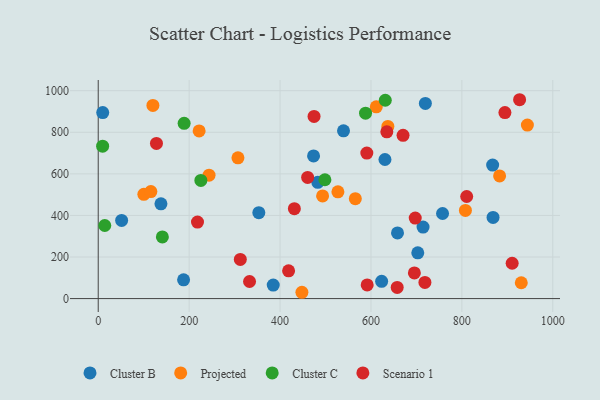
{"axis": {"x": "Price", "y": "Yield"}, "legend": ["Cluster B", "Cluster C", "Projected", "Scenario 1"], "data": [{"x": "757.5", "y": 409.3, "type": "Cluster B"}, {"x": "138.0", "y": 455.8, "type": "Cluster B"}, {"x": "703.0", "y": 220.3, "type": "Cluster B"}, {"x": "623.5", "y": 83.1, "type": "Cluster B"}, {"x": "714.6", "y": 344.1, "type": "Cluster B"}, {"x": "719.7", "y": 938.9, "type": "Cluster B"}, {"x": "630.8", "y": 669.1, "type": "Cluster B"}, {"x": "51.5", "y": 375.9, "type": "Cluster B"}, {"x": "9.9", "y": 895.0, "type": "Cluster B"}, {"x": "483.0", "y": 559.3, "type": "Cluster B"}, {"x": "539.6", "y": 806.8, "type": "Cluster B"}, {"x": "868.6", "y": 390.5, "type": "Cluster B"}, {"x": "385.0", "y": 65.1, "type": "Cluster B"}, {"x": "473.7", "y": 686.1, "type": "Cluster B"}, {"x": "353.3", "y": 413.1, "type": "Cluster B"}, {"x": "658.4", "y": 316.1, "type": "Cluster B"}, {"x": "187.8", "y": 90.5, "type": "Cluster B"}, {"x": "867.7", "y": 642.1, "type": "Cluster B"}, {"x": "944.1", "y": 834.9, "type": "Projected"}, {"x": "637.2", "y": 828.4, "type": "Projected"}, {"x": "565.6", "y": 480.8, "type": "Projected"}, {"x": "100.4", "y": 501.5, "type": "Projected"}, {"x": "222.0", "y": 806.5, "type": "Projected"}, {"x": "807.8", "y": 424.2, "type": "Projected"}, {"x": "527.3", "y": 513.7, "type": "Projected"}, {"x": "930.7", "y": 76.1, "type": "Projected"}, {"x": "307.4", "y": 676.9, "type": "Projected"}, {"x": "611.7", "y": 922.3, "type": "Projected"}, {"x": "115.8", "y": 514.8, "type": "Projected"}, {"x": "243.8", "y": 593.8, "type": "Projected"}, {"x": "883.0", "y": 590.3, "type": "Projected"}, {"x": "120.3", "y": 929.4, "type": "Projected"}, {"x": "448.1", "y": 30.4, "type": "Projected"}, {"x": "493.6", "y": 494.1, "type": "Projected"}, {"x": "631.5", "y": 954.0, "type": "Cluster C"}, {"x": "588.1", "y": 892.0, "type": "Cluster C"}, {"x": "225.8", "y": 568.3, "type": "Cluster C"}, {"x": "9.7", "y": 733.3, "type": "Cluster C"}, {"x": "189.0", "y": 843.3, "type": "Cluster C"}, {"x": "14.4", "y": 351.6, "type": "Cluster C"}, {"x": "498.7", "y": 571.6, "type": "Cluster C"}, {"x": "141.1", "y": 296.7, "type": "Cluster C"}, {"x": "460.7", "y": 582.8, "type": "Scenario 1"}, {"x": "894.7", "y": 894.6, "type": "Scenario 1"}, {"x": "670.6", "y": 785.2, "type": "Scenario 1"}, {"x": "695.5", "y": 123.7, "type": "Scenario 1"}, {"x": "634.9", "y": 802.3, "type": "Scenario 1"}, {"x": "218.4", "y": 368.3, "type": "Scenario 1"}, {"x": "431.5", "y": 432.3, "type": "Scenario 1"}, {"x": "312.6", "y": 188.2, "type": "Scenario 1"}, {"x": "810.6", "y": 491.2, "type": "Scenario 1"}, {"x": "474.8", "y": 876.4, "type": "Scenario 1"}, {"x": "128.1", "y": 746.5, "type": "Scenario 1"}, {"x": "910.6", "y": 170.1, "type": "Scenario 1"}, {"x": "590.9", "y": 700.2, "type": "Scenario 1"}, {"x": "591.7", "y": 65.6, "type": "Scenario 1"}, {"x": "418.8", "y": 133.5, "type": "Scenario 1"}, {"x": "718.7", "y": 77.8, "type": "Scenario 1"}, {"x": "697.4", "y": 387.4, "type": "Scenario 1"}, {"x": "332.9", "y": 82.3, "type": "Scenario 1"}, {"x": "927.0", "y": 956.6, "type": "Scenario 1"}, {"x": "657.7", "y": 53.8, "type": "Scenario 1"}]}